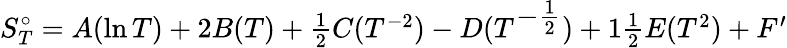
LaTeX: S_{T}^{\circ}=A(\ln T)+2B(T)+\textstyle{\frac{1}{2}}C(T^{-2})-D(T^{\textstyle-{\frac{1}{2}}})+1\textstyle{\frac{1}{2}}E(T^{2})+F^{\prime}